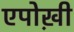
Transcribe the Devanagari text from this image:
एपोख़ी